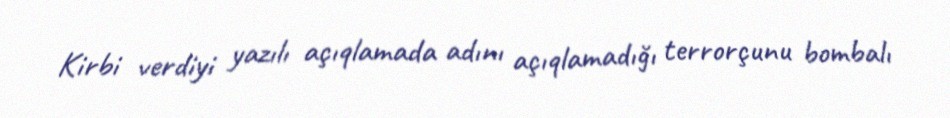
Kirbi verdiyi yazılı açıqlamada adını açıqlamadığı terrorçunu bombalı